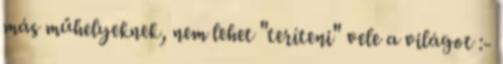
más műhelyeknek, nem lehet "teríteni" vele a világot :-